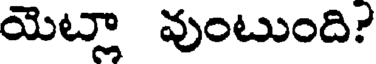
యెట్లా వుంటుంది?